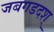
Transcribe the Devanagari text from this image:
जबगडदश्